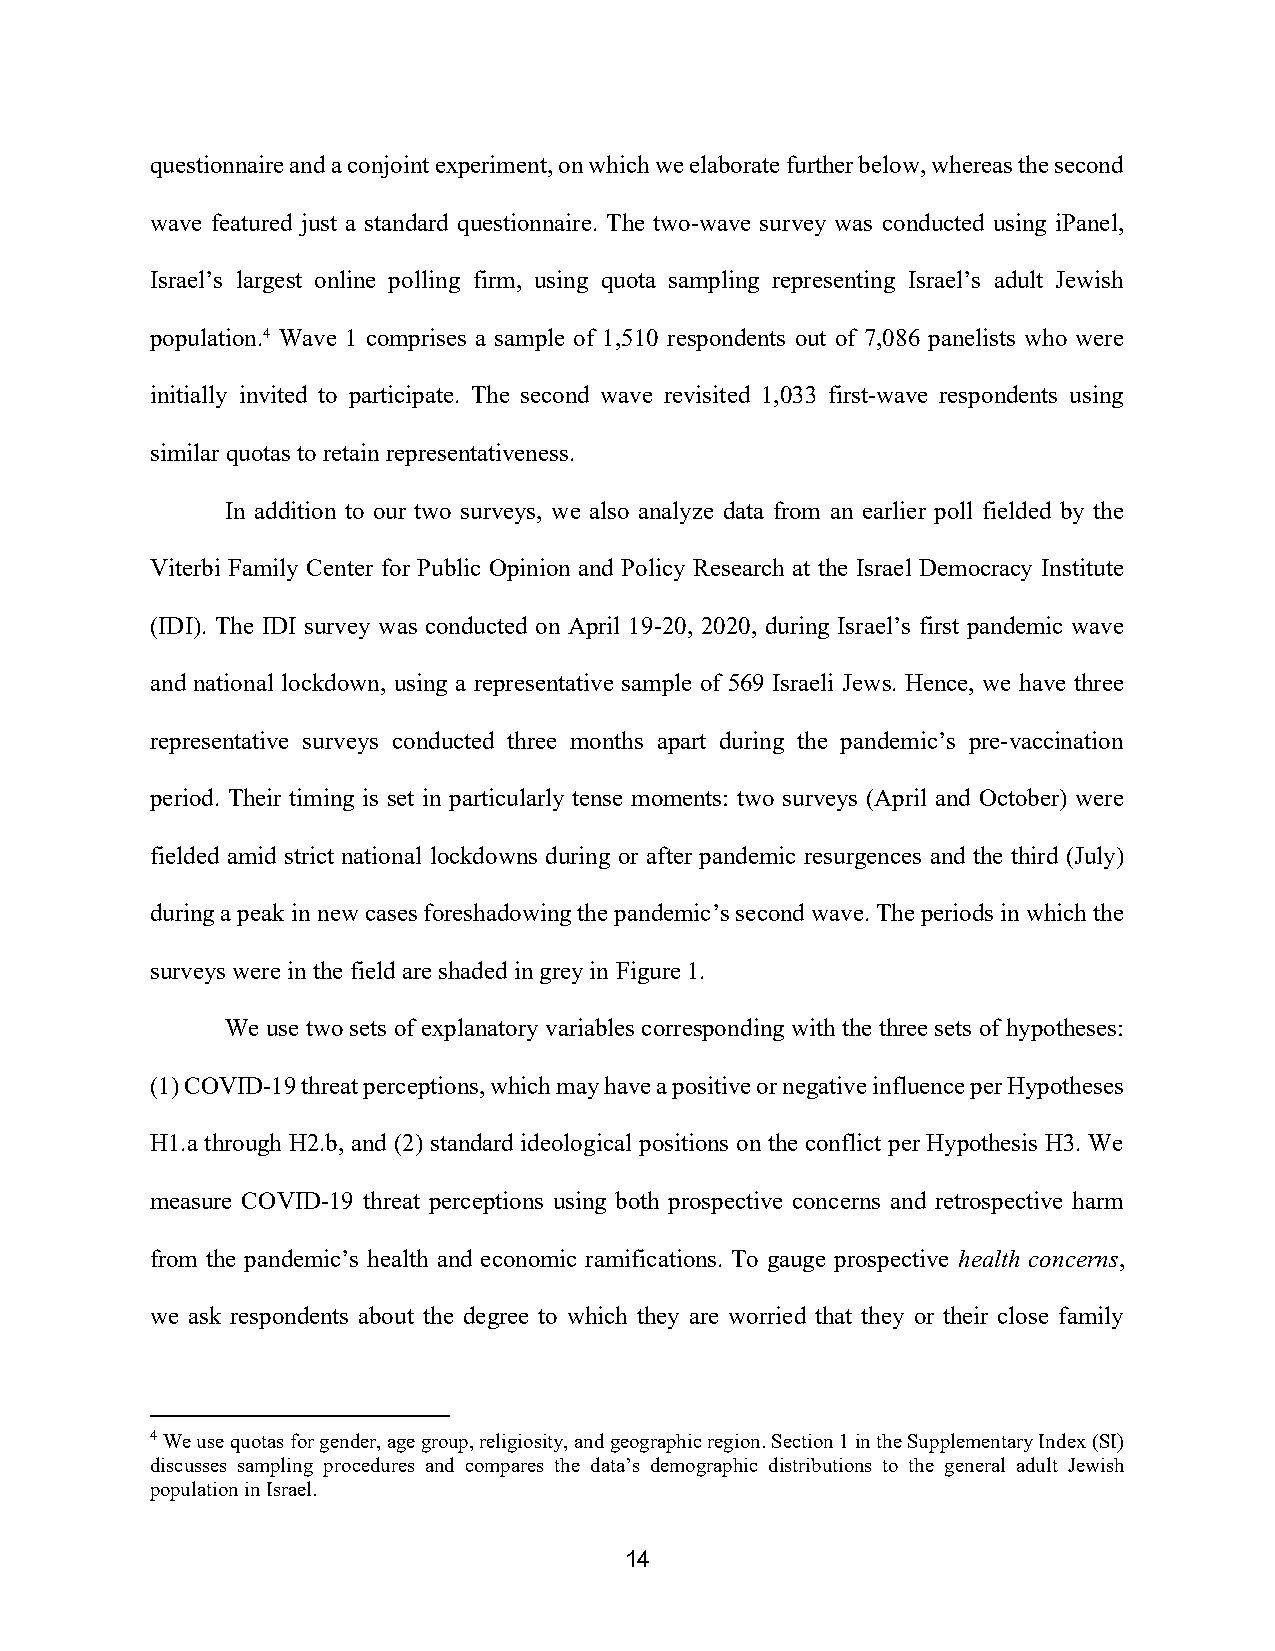
questionnaire and a conjoint experiment, on which we elaborate further below, whereas the second
 wave featured just a standard questionnaire. The two-wave survey was conducted using iPanel,
 Israel’s largest online polling firm, using quota sampling representing Israel’s adult Jewish
 population.4 Wave 1 comprises a sample of 1,510 respondents out of 7,086 panelists who were
 initially invited to participate. The second wave revisited 1,033 first-wave respondents using
 similar quotas to retain representativeness.
 In addition to our two surveys, we also analyze data from an earlier poll fielded by the
 Viterbi Family Center for Public Opinion and Policy Research at the Israel Democracy Institute
 (IDI). The IDI survey was conducted on April 19-20, 2020, during Israel’s first pandemic wave
 and national lockdown, using a representative sample of 569 Israeli Jews. Hence, we have three
 representative surveys conducted three months apart during the pandemic’s pre-vaccination
 period. Their timing is set in particularly tense moments: two surveys (April and October) were
 fielded amid strict national lockdowns during or after pandemic resurgences and the third (July)
 during a peak in new cases foreshadowing the pandemic’s second wave. The periods in which the
 surveys were in the field are shaded in grey in Figure 1.
 We use two sets of explanatory variables corresponding with the three sets of hypotheses:
 (1) COVID-19 threat perceptions, which may have a positive or negative influence per Hypotheses
 H1.a through H2.b, and (2) standard ideological positions on the conflict per Hypothesis H3. We
 measure COVID-19 threat perceptions using both prospective concerns and retrospective harm
 from the pandemic’s health and economic ramifications. To gauge prospective health concerns,
 we ask respondents about the degree to which they are worried that they or their close family
 4 We use quotas for gender, age group, religiosity, and geographic region. Section 1 in the Supplementary Index (SI)
 discusses sampling procedures and compares the data’s demographic distributions to the general adult Jewish
 population in Israel.
 14